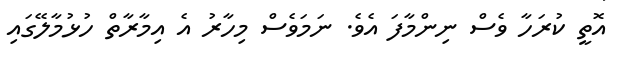
އޮތީ ކުރަހާ ވެސް ނިންމާފަ އެވެ. ނަމަވެސް މިހާރު އެ އިމާރާތް ހުޅުމާލޭގައި